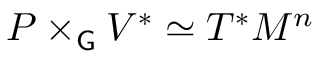
P \times _ { \mathsf { G } } V ^ { * } \simeq T ^ { * } M ^ { n }